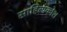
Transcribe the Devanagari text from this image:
साहित्यकोश